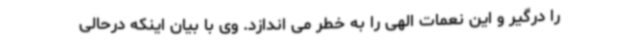
را درگیر و این نعمات الهی را به خطر می اندازد. وی با بیان اینکه درحالی